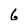
Character: 6